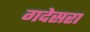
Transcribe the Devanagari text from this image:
गदेसरा